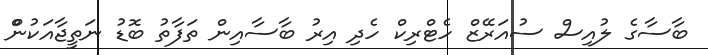
ބާސާގެ ލުއިސް ސުއަރޭޒް ހެޓްރިކް ހެދި އިރު ބާސާއިން ތަފާތު ބޮޑު ނަތީޖާއަކުންް